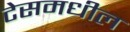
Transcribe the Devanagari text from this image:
टेसमधील